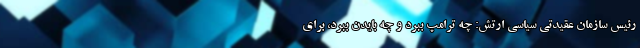
رئیس سازمان عقیدتی سیاسی ارتش: چه ترامپ ببرد و چه بایدن ببرد، برای